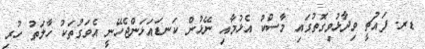
ޑރ. ފައުޗީ ވިދާޅުވިގޮތުގައި މާސްކު އެޅުމާއި ނޭޅުން ކަނޑައަޅަންޖެހޭނީ އެވަގުތަކު ހާލަތު ހުރި